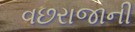
વછરાજાની